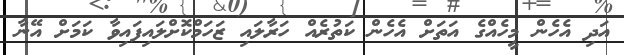
އަދި އެހެން މީހެއްގެ އަތަށް އެހެން ކަތުރެއް ހަރާލައި ޒަހަމްކޮށްލައިފައިވާ ކަމަށް އޭނާ